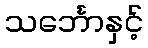
သင်္ဘောနှင့်